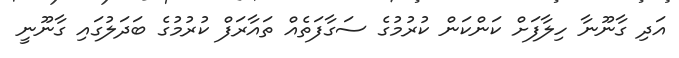
އަދި ގާނޫނާ ހިލާފަށް ކަންކަން ކުރުމުގެ ސަގާފަތެއް ތައާރަފް ކުރުމުގެ ބަދަލުގައި ގާނޫނީ